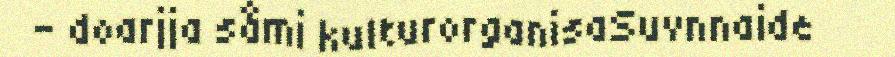
- doarjja såmi kulturorganisaSuvnnaide